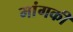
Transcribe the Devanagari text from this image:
मांगकी